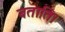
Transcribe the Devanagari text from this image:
बताति।